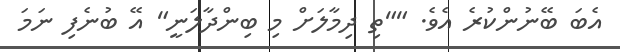
އެބަ ބޭނުންކުރެ އެވެ. ""ތި ދިމާލަށް މި ބިންދާލަނީ" އޭ ބުނެފި ނަމަ